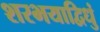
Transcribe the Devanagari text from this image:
शरभयाद्विधुं